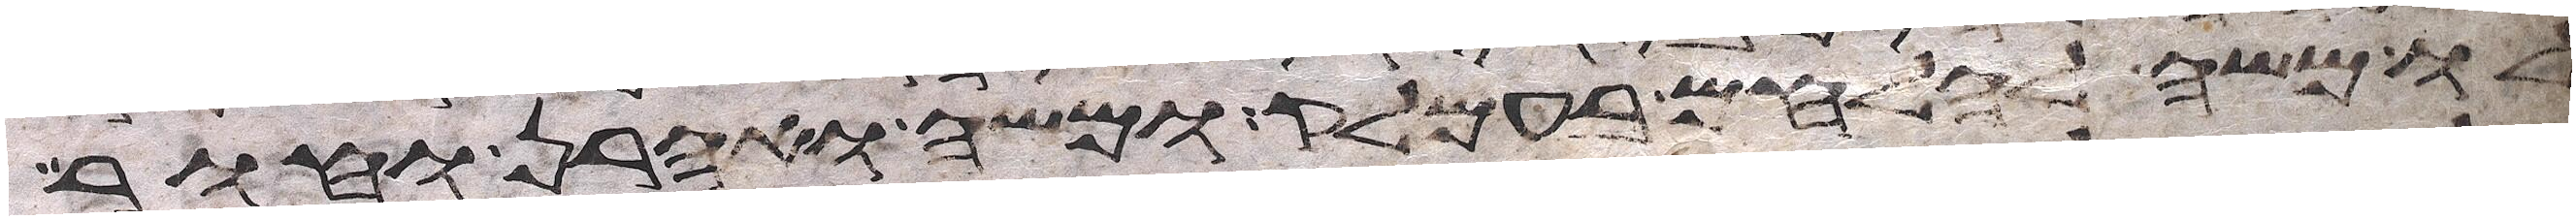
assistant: לו משה להלחם בעמלק ומשה ואהרן וחור